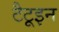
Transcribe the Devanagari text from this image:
टैटूइन